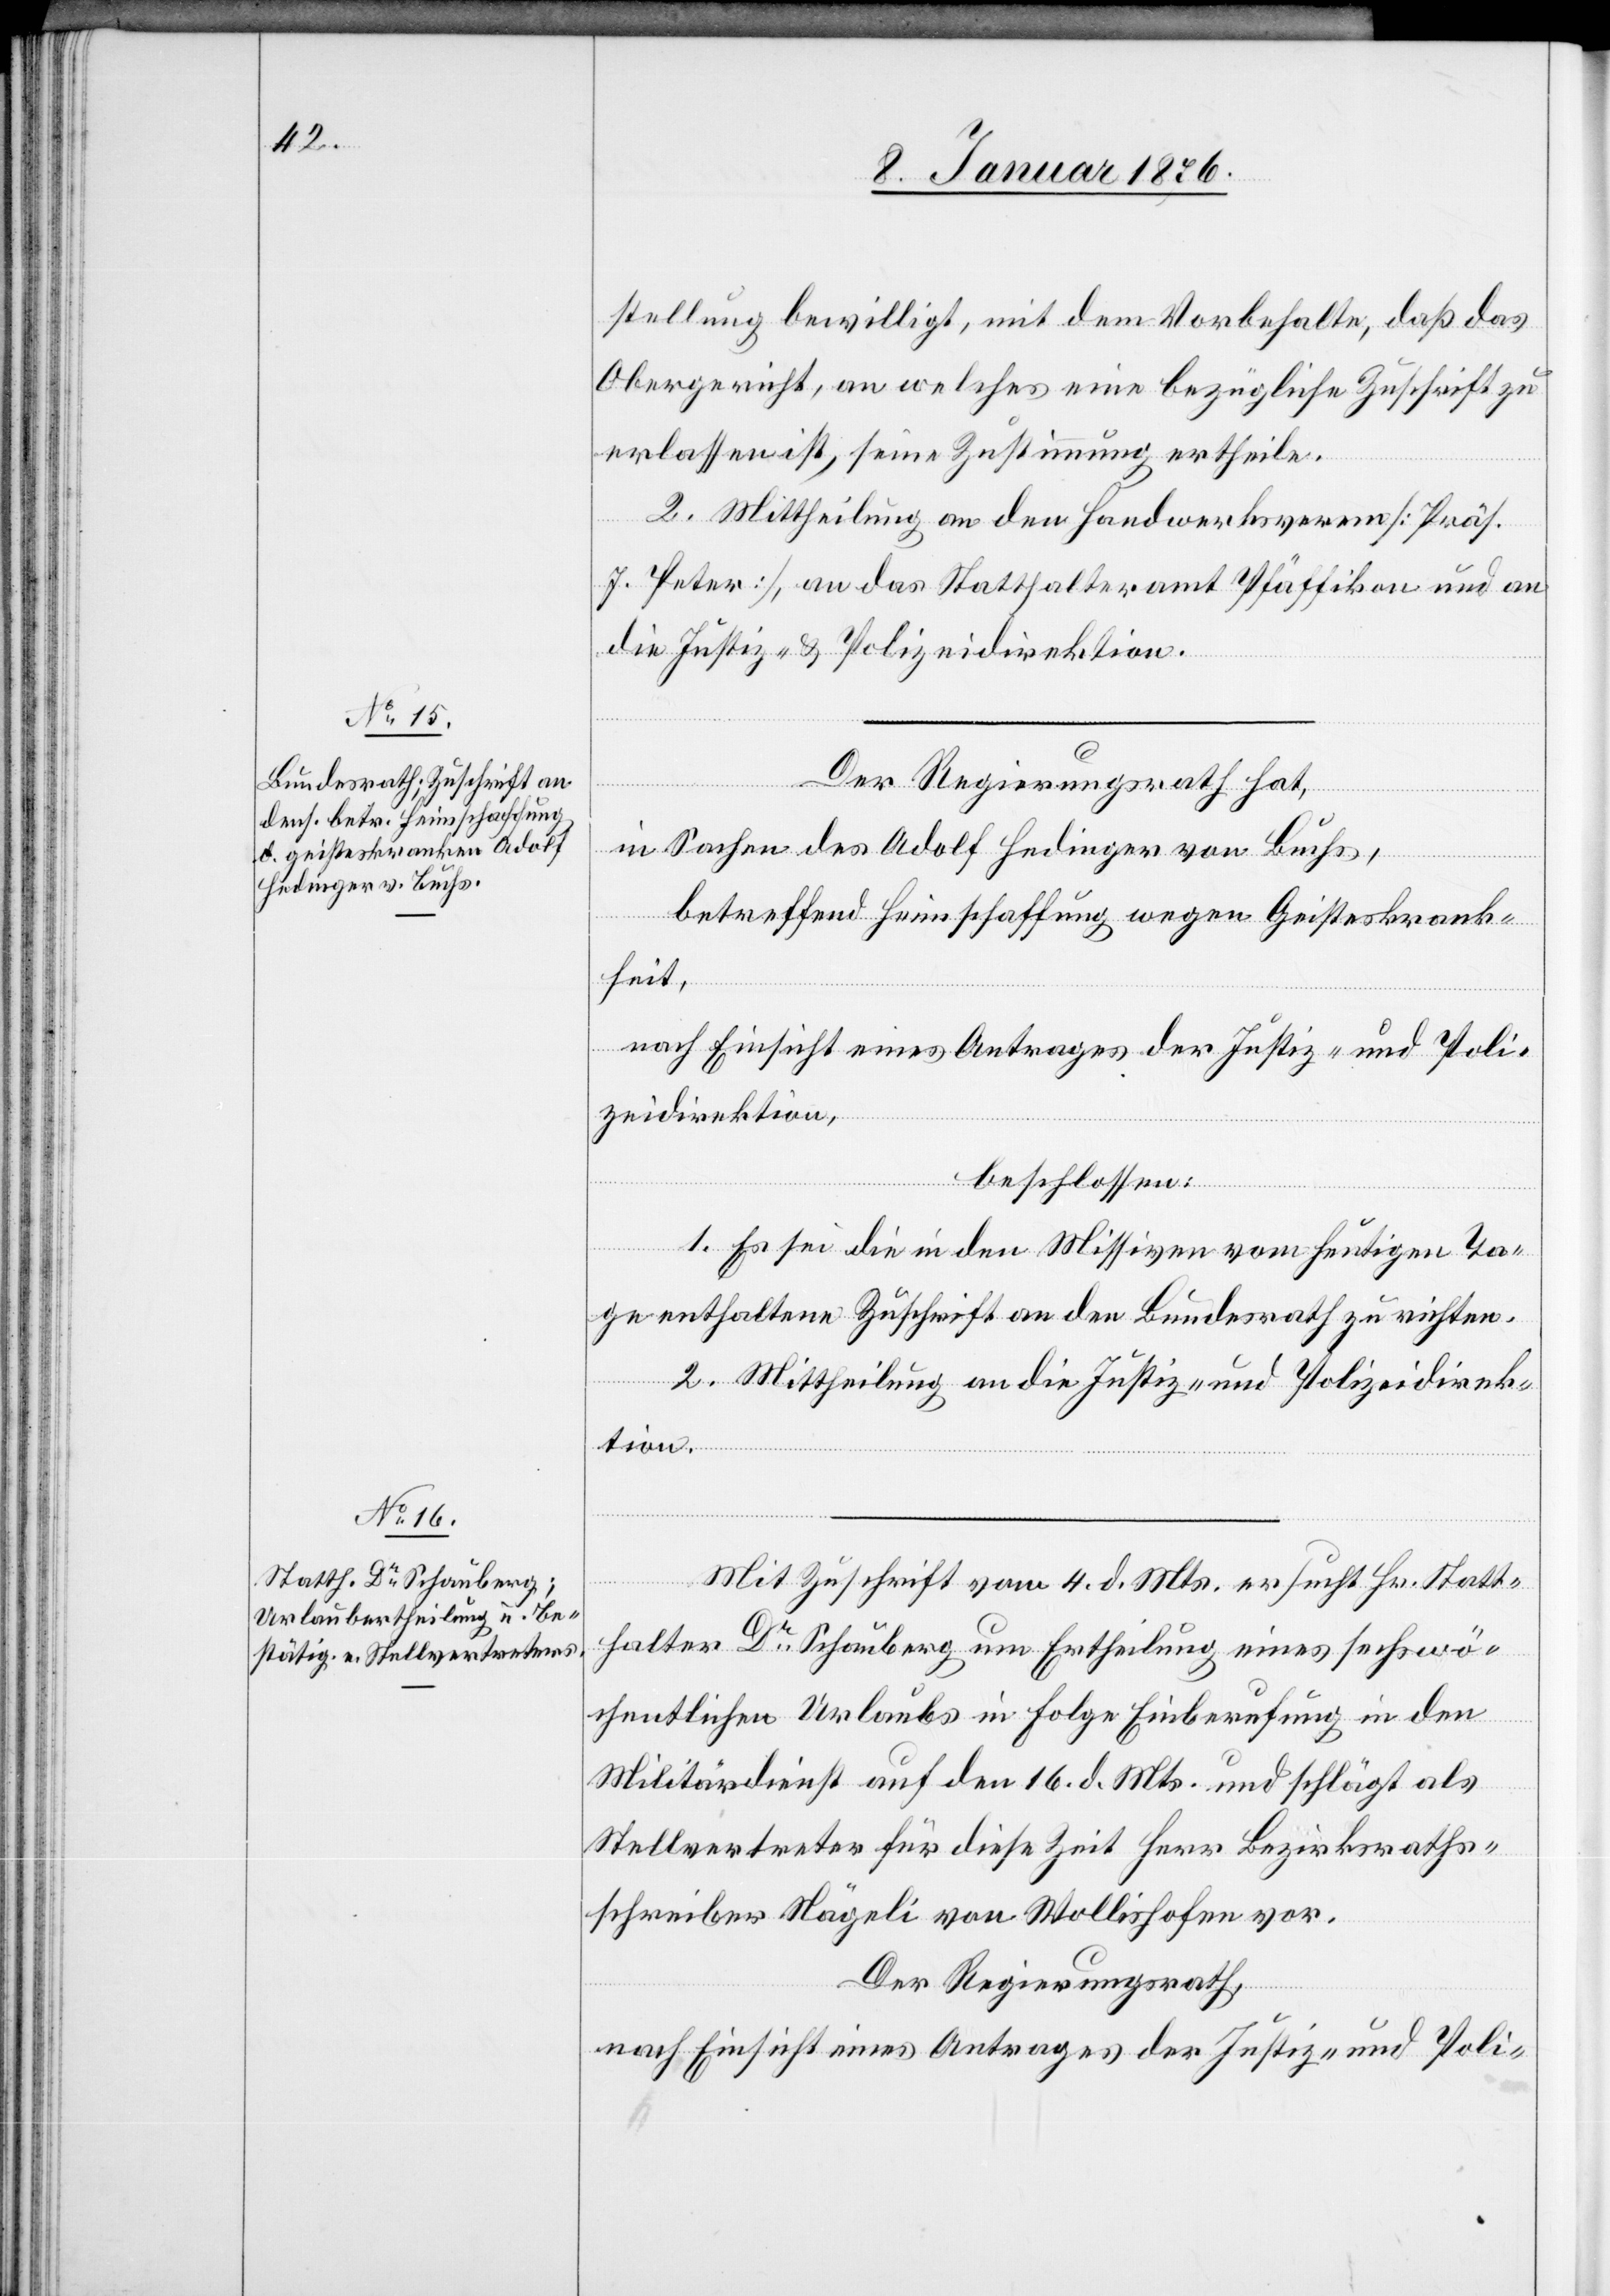
stellung bewilligt, mit dem Vorbehalte, daß das
Obergericht, an welches eine bezügliche Zuschrift zu
erlassen ist, seine Zustimmung ertheile.
2. Mittheilung an den Handwerksverein [Präs.
J. Peter] an das Statthalteramt Pfäffikon und an
die Justiz- u. Polizeidirektion.
Der Regierungsrath hat,
in Sachen des Adolf Hedinger von Buchs,
betreffend Heimschaffung wegen Geisteskrank¬
heit,
nach Einsicht eines Antrages der Justiz- und Poli¬
zeidirektion,
beschlossen:
1. Es sei die in den Missiven vom heutigen Ta¬
ge enthaltene Zuschrift an den Bundesrath zu richten.
2. Mittheilung an die Justiz- und Polizeidirek¬
tion.
Mit Zuschrift vom 4. d. Mts. ersucht Hr. Statt¬
halter Dr. Schauberg um Ertheilung eines sechswö¬
chentlichen Urlaubs in Folge Einberufung in den
Militärdienst auf den 16. d. Mts. und schlägt als
Stellvertreter für diese Zeit Herr Bezirksraths¬
schreiber Nägeli von Wollishofen vor.
Der Regierungsrath,
nach Einsicht eines Antrages der Justiz- und Poli-